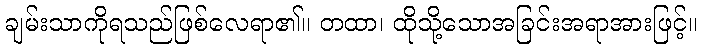
ချမ်းသာကိုရသည်ဖြစ်လေရာ၏။ တထာ၊ ထိုသို့သောအခြင်းအရာအားဖြင့်။